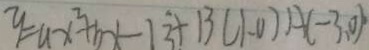
y = a x ^ { 2 } + b x - 1 3 + 1 3 ( 1 - 0 ) A ( - 3 , 0 ) \cdot